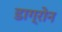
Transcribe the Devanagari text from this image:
डाग्रोन